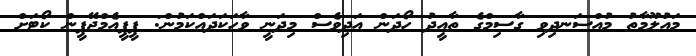
މައުލޫމާތު މުއްސަނދިވި ގާސިމްގެ ތާއީދު ހޯދަން އަދިވެސް މިދަނީ ވާހަކަދައްކަމުން: ޕީޕީއެމްޖޭޕީން ކޯޓަށް